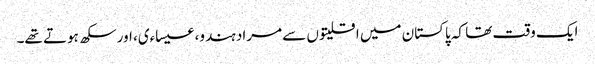
ایک وقت تھا کہ پاکستان میں اقلیتوں سے مراد ہندو، عیساءی، اورسکھ ہوتے تھے۔